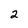
Character: 2